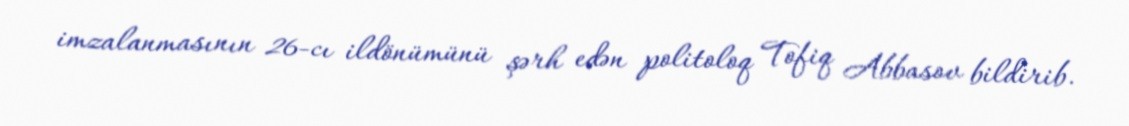
imzalanmasının 26-cı ildönümünü şərh edən politoloq Tofiq Abbasov bildirib.